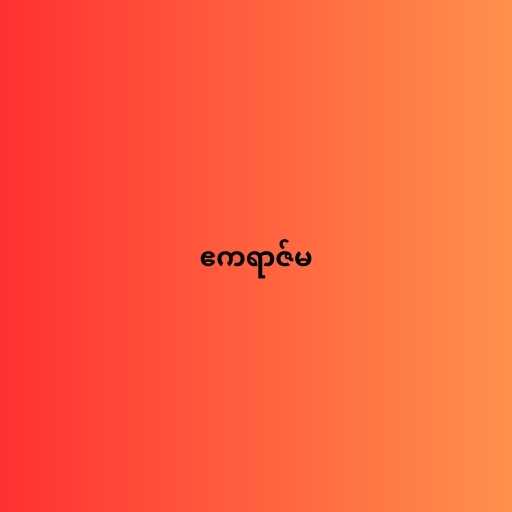
ဧကရာဇ်မ